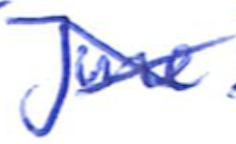
Text: June
Cross-out: cross
Writing tool: ballpoint